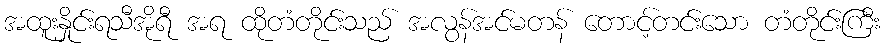
အထူးနှိုင်းရသီအိုရီ အရ ထိုတံတိုင်းသည် အလွန်အင်မတန် တောင့်တင်းသော တံတိုင်းကြီး